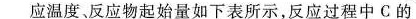
应物起始量如下表所示，反应过程中C的